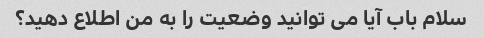
سلام باب آیا می توانید وضعیت را به من اطلاع دهید؟